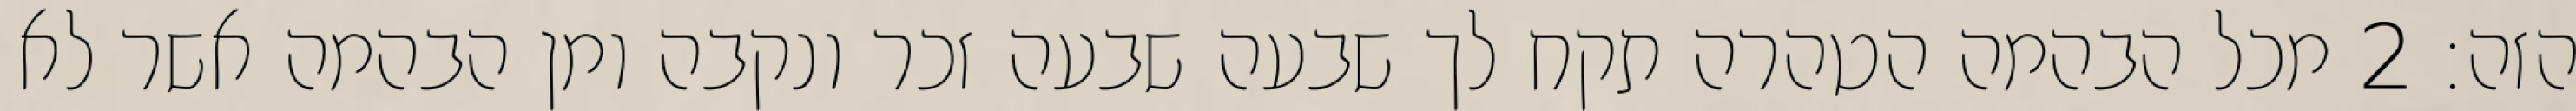
הזה׃ ‎2‏ מכל הבהמה הטהרה תקח לך שבעה שבעה זכר ונקבה ומן הבהמה אשר לא